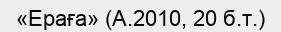
«Ераға» (А.2010, 20 б.т.)